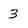
Character: 3